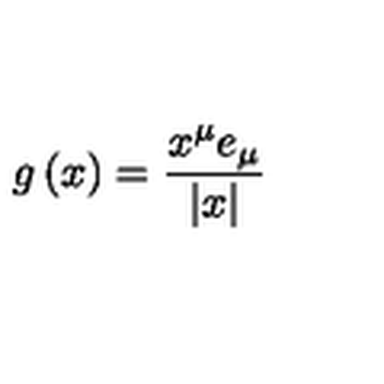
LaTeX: g \left( x \right) = \frac { x ^ { \mu } e _ { \mu } } { \left| x \right| }